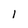
Character: 1